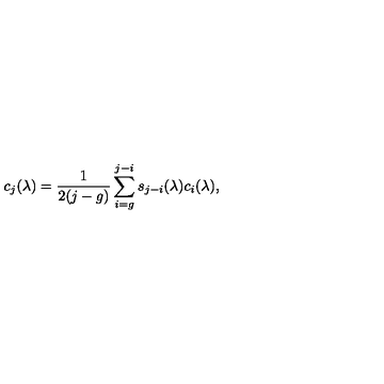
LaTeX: c _ { j } ( \lambda ) = { \frac { 1 } { 2 ( j - g ) } } \sum _ { i = g } ^ { j - i } s _ { j - i } ( \lambda ) c _ { i } ( \lambda ) ,